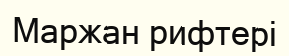
Маржан рифтері